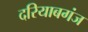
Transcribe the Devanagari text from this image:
दरियाबगंज